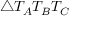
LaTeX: \triangle T _ { A } T _ { B } T _ { C }